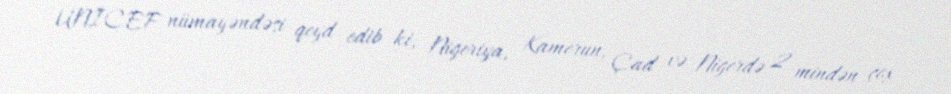
UNİCEF nümayəndəsi qeyd edib ki, Nigeriya, Kamerun, Çad və Nigerdə 2 mindən çox